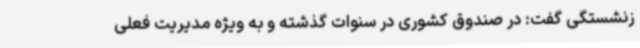
زنشستگی گفت: در صندوق کشوری در سنوات گذشته و به ویژه مدیریت فعلی